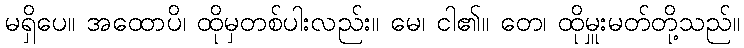
မရှိပေ။ အထောပိ၊ ထိုမှတစ်ပါးလည်း။ မေ၊ ငါ၏။ တေ၊ ထိုမှူးမတ်တို့သည်။